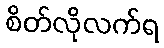
စိတ်လိုလက်ရ